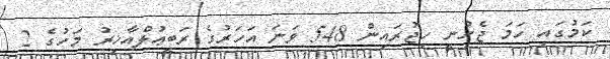
ކަމުގައި ހަމަ ޖެހުނީ ހިޖުރައިން 548 ވަނަ އަހަރުގެ ރަބީޢުލްއާޚިރު މަހުގެ 2